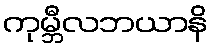
ကုမ္ဘီလဘယာနိ